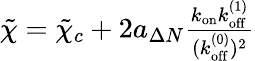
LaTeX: \begin{array}{r}{\tilde{\chi}=\tilde{\chi}_{c}+2a_{\Delta N}\frac{k_{\mathrm{on}}k_{\mathrm{off}}^{(1)}}{(k_{\mathrm{off}}^{(0)})^{2}}}\end{array}